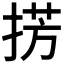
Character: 𢮷